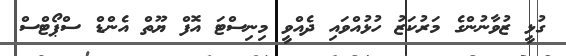
ގުޅީ ޒުވާނުންގެ މަރުކަޒު ހުޅުއްވައި ދެއްވީ މިނިސްޓަ އޮފް ޔޫތް އެންޑް ސްޕޯޓްސް